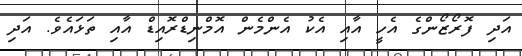
އަދި ފޮރޯޒޯންގެ އެހީ އާއި އެކު އެންމެން އޮމްނިޑްރޮއިޑް އާއި ތަޅައެވެ. އަދި